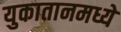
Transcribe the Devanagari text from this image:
युकातानमध्ये